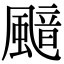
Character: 䬓